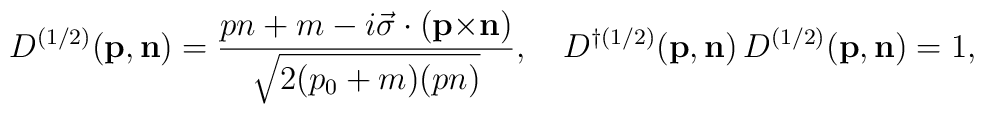
{D}^{(1/2)}({\bf p},{\bf n})=\frac{pn+m-i{\vec \sigma}\cdot({\bf p}{\times}{\bf n})}{\sqrt{2(p_0+m)(pn)}},\quad{D}^{\dag(1/2)}({\bf p},{\bf n})\,{D}^{(1/2)}({\bf p},{\bf n})=1,